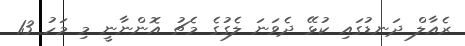
ރެއާލް ދަނޑުގައި ކުޅޭ ދެވަނަ ލެގުގެ މެޗު އޮންނާނީ މި މަހު 13